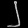
Digit: ၂